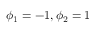
\phi _ { 1 } = - 1 , \phi _ { 2 } = 1